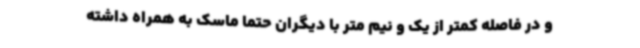
و در فاصله کمتر از یک و نیم متر با دیگران حتما ماسک به همراه داشته